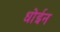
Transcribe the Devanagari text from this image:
धोईन